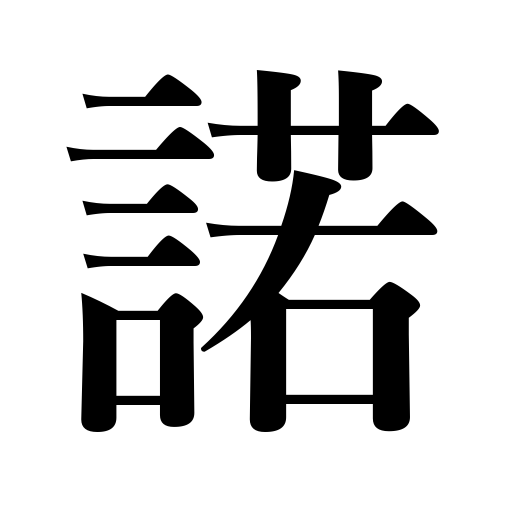
Meanings: assent,agreement,consent